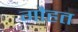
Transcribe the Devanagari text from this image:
गौहत